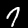
Label: 7